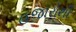
હજારોથી